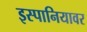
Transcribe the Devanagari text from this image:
इस्पानियावर